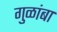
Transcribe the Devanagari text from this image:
गुळांबा